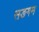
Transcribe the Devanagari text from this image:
सङगम